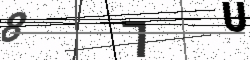
Text: 87U